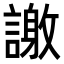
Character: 𮘴